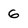
Character: 6